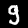
Label: 9